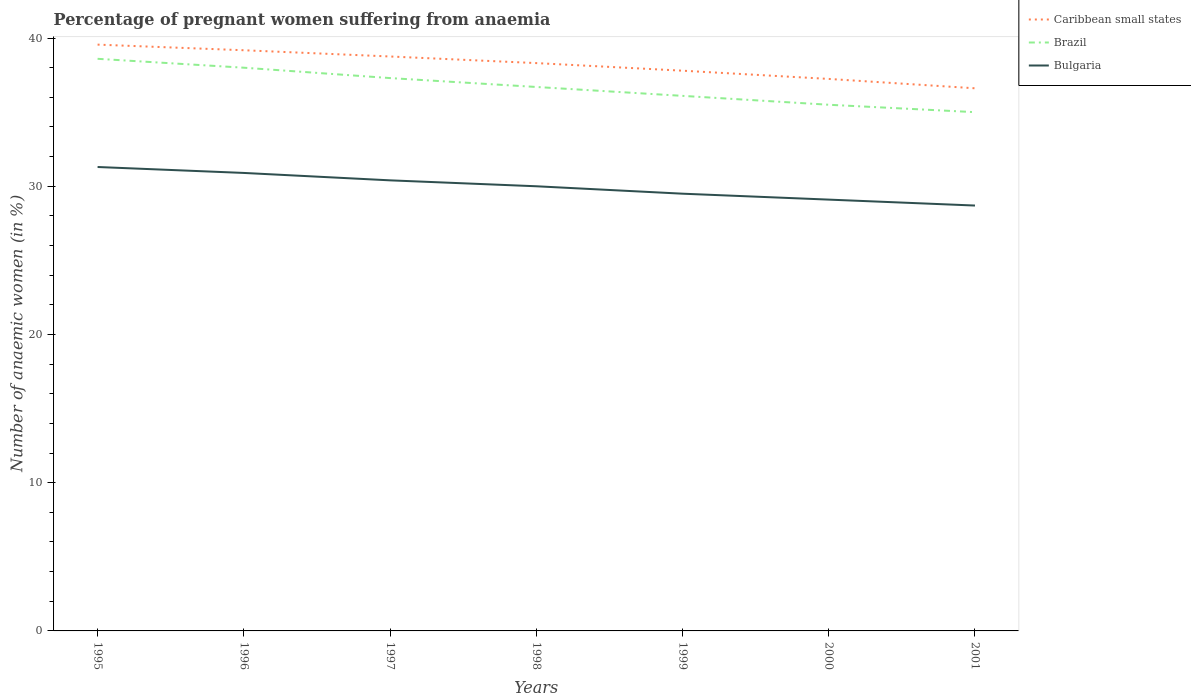
| Years | Caribbean small states | Brazil | Bulgaria |
 | --- | --- | --- | --- |
 | 1995 | 39.6 | 38.6 | 31.3 |
 | 1996 | 39.2 | 38 | 30.9 |
 | 1997 | 38.8 | 37.3 | 30.4 |
 | 1998 | 38.3 | 36.7 | 30 |
 | 1999 | 37.8 | 36.1 | 29.5 |
 | 2000 | 37.2 | 35.5 | 29.1 |
 | 2001 | 36.6 | 35 | 28.7 |